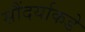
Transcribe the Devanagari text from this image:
सौंदर्याकडे